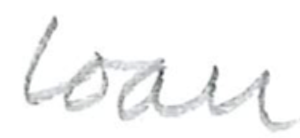
Text: loan
Cross-out: clean
Writing tool: pencil